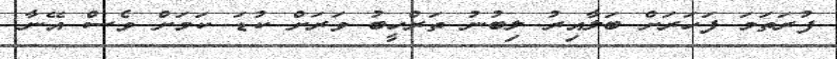
ފުރަތަމަ ފަހަރަށް ބަލާއިރު ލިބުނު ތަރްހީބު ވަރަށް ކުޑަ ކަމަށް ވެސް އޭނާ